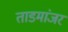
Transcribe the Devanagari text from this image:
ताडमांजर